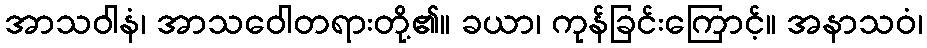
အာသဝါနံ၊ အာသဝေါတရားတို့၏။ ခယာ၊ ကုန်ခြင်းကြောင့်။ အနာသဝံ၊